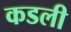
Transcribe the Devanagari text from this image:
कडली